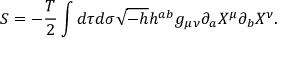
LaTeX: S = - \frac { T } { 2 } \int d \tau d \sigma \sqrt { - h } h ^ { a b } g _ { \mu \nu } \partial _ { a } X ^ { \mu } \partial _ { b } X ^ { \nu } .